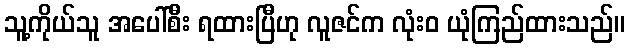
သူ့ကိုယ်သူ အပေါ်စီး ရထားပြီဟု လူဇင်က လုံးဝ ယုံကြည်ထားသည်။